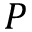
\boldsymbol { P }